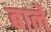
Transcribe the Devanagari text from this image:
बार्ले